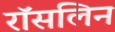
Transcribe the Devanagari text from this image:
रॉसलिन